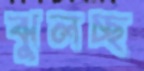
ঝুলচ্ছ